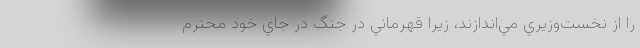
را از نخست‌وزيري مي‌اندازند، زيرا قهرماني در جنگ در جاي خود محترم